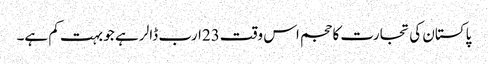
پاکستان کی تجارت کا حجم اس وقت23ارب ڈالر ہے جو بہت کم ہے۔